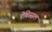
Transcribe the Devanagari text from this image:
ऐबिस्सल